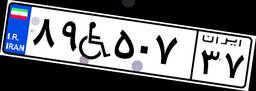
۸۹W۵۰۷۳۷